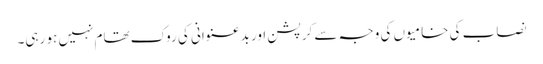
نصاب کی خامیوں کی وجہ سے کرپشن اور بدعنوانی کی روک تھام نہیں ہو رہی۔